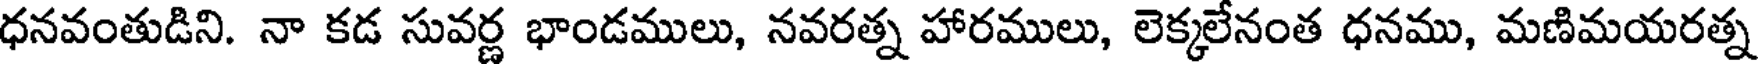
ధనవంతుడిని. నా కడ సువర్ణ భాండములు, నవరత్న హారములు, లెక్కలేనంత ధనము, మణిమయరత్న